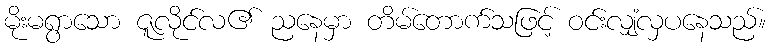
မိုးမရွာသော ဇူလိုင်လ၏ ညနေမှာ တိမ်တောက်သဖြင့် ဝင်းလျှံလှပနေသည်။